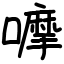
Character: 嚤